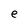
Character: e